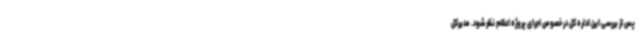
پس از بررسی این اداره کل در خصوص اجرای پروژه اعلام نظر شود. مدیرکل